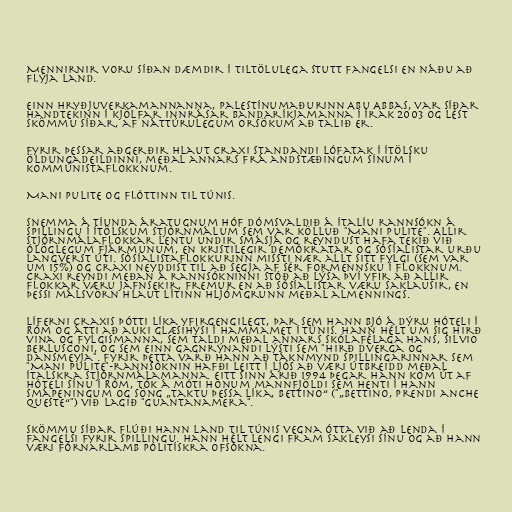
Mennirnir voru síðan dæmdir í tiltölulega stutt fangelsi en náðu að
flýja land.

Einn hryðjuverkamannanna, Palestínumaðurinn Abu Abbas, var síðar
handtekinn í kjölfar innrásar Bandaríkjamanna í Írak 2003 og lést
skömmu síðar, af náttúrulegum orsökum að talið er.

Fyrir þessar aðgerðir hlaut Craxi standandi lófatak í ítölsku
öldungadeildinni, meðal annars frá andstæðingum sínum í
kommúnistaflokknum.

Mani pulite og flóttinn til Túnis.

Snemma á tíunda áratugnum hóf dómsvaldið á Ítalíu rannsókn á
spillingu í ítölskum stjórnmálum sem var kölluð "Mani pulite". Allir
stjórnmálaflokkar lentu undir smásjá og reyndust hafa tekið við
ólöglegum fjármunum, en kristilegir demókratar og sósíalistar urðu
langverst úti. Sósíalistaflokkurinn missti nær allt sitt fylgi (sem var
um 15%) og Craxi neyddist til að segja af sér formennsku í flokknum.
Craxi reyndi meðan á rannsókninni stóð að lýsa því yfir að allir
flokkar væru jafnsekir, fremur en að sósíalistar væru saklausir, en
þessi málsvörn hlaut lítinn hljómgrunn meðal almennings.

Líferni Craxis þótti líka yfirgengilegt, þar sem hann bjó á dýru hóteli í
Róm og átti að auki glæsihýsi í Hammamet í Túnis. Hann hélt um sig hirð
vina og fylgismanna, sem taldi meðal annars skólafélaga hans, Silvio
Berlusconi, og sem einn gagnrýnandi lýsti sem "hirð dverga og
dansmeyja". Fyrir þetta varð hann að táknmynd spillingarinnar sem
"Mani pulite"-rannsóknin hafði leitt í ljós að væri útbreidd meðal
ítalskra stjórnmálamanna. Eitt sinn árið 1994 þegar hann kom út af
hóteli sínu í Róm, tók á móti honum mannfjöldi sem henti í hann
smápeningum og söng „Taktu þessa líka, Bettino“ ("„Bettino, prendi anche
queste“") við lagið "Guantanamera".

Skömmu síðar flúði hann land til Túnis vegna ótta við að lenda í
fangelsi fyrir spillingu. Hann hélt lengi fram sakleysi sínu og að hann
væri fórnarlamb pólitískra ofsókna.